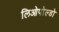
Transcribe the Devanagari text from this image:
लिओपोल्डो